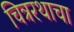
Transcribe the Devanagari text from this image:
चित्ररथाचा